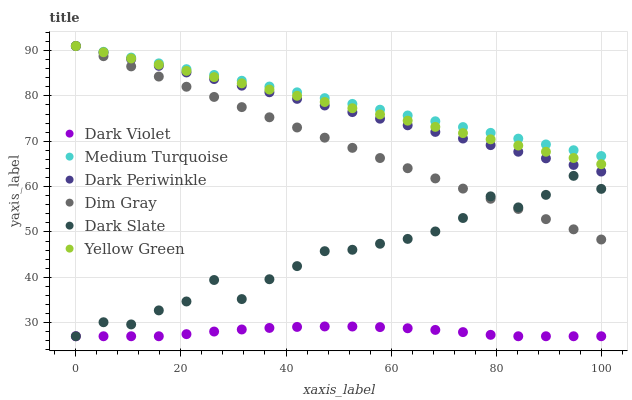
| xaxis_label | Dark Violet | Medium Turquoise | Dark Periwinkle | Dim Gray | Dark Slate | Yellow Green |
 | --- | --- | --- | --- | --- | --- | --- |
 | 0 | 27 | 91 | 91 | 91 | 27 | 91 |
 | 5.26 | 27 | 89.7 | 89.5 | 88.8 | 30.1 | 89.6 |
 | 10.5 | 27 | 88.4 | 88.1 | 86.5 | 29.6 | 88.3 |
 | 15.8 | 27 | 87.2 | 86.6 | 84.3 | 32.7 | 86.9 |
 | 21.1 | 27.5 | 85.9 | 85.2 | 82 | 34.7 | 85.5 |
 | 26.3 | 28 | 84.6 | 83.7 | 79.8 | 39.4 | 84.1 |
 | 31.6 | 28.5 | 83.3 | 82.3 | 77.5 | 35.2 | 82.8 |
 | 36.8 | 28.8 | 82.1 | 80.8 | 75.3 | 39.6 | 81.4 |
 | 42.1 | 29.1 | 80.8 | 79.3 | 73 | 42.5 | 80 |
 | 47.4 | 29.2 | 79.5 | 77.9 | 70.8 | 45.8 | 78.7 |
 | 52.6 | 29.1 | 78.2 | 76.4 | 68.5 | 46.1 | 77.3 |
 | 57.9 | 29 | 77 | 75 | 66.3 | 47.4 | 75.9 |
 | 63.2 | 28.8 | 75.7 | 73.5 | 64.1 | 48.5 | 74.5 |
 | 68.4 | 28.4 | 74.4 | 72.1 | 61.8 | 50.1 | 73.2 |
 | 73.7 | 27.9 | 73.1 | 70.6 | 59.6 | 53.1 | 71.8 |
 | 78.9 | 27.3 | 71.9 | 69.1 | 57.3 | 57.8 | 70.4 |
 | 84.2 | 27 | 70.6 | 67.7 | 55.1 | 55.4 | 69.1 |
 | 89.5 | 27 | 69.3 | 66.2 | 52.8 | 58.2 | 67.7 |
 | 94.7 | 27 | 68 | 64.8 | 50.6 | 62.4 | 66.3 |
 | 100 | 27 | 66.7 | 63.3 | 48.3 | 59.5 | 64.9 |